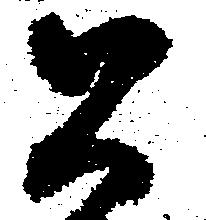
公